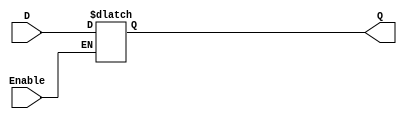
`timescale 1ns / 1ps
module D_Latch(
    input D, Enable,
    output reg Q
    );
    
    always@(Enable)
    begin
    Q <= 0;
        if(Enable)
            Q<=D;
        else
            Q<=Q;
    end
endmodule